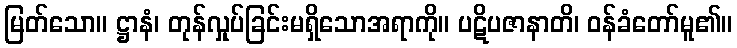
မြတ်သော။ ဋ္ဌာနံ၊ တုန်လှုပ်ခြင်းမရှိသောအရာကို။ ပဋိပဇာနာတိ၊ ဝန်ခံတော်မူ၏။